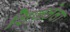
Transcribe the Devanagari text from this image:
शिजलेला